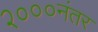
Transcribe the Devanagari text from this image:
२०००नंतर